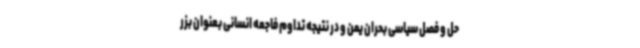
حل و فصل سیاسی بحران یمن و در نتیجه تداوم فاجعه انسانی بعنوان بزر